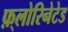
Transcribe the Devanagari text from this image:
फ़्लोरिनेटेड